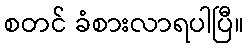
စတင် ခံစားလာရပါပြီ။